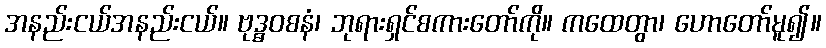
အနည်းငယ်အနည်းငယ်။ ဗုဒ္ဓဝစနံ၊ ဘုရားရှင်စကားတော်ကို။ ကထေတွာ၊ ဟောတော်မူ၍။